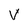
Character: v